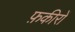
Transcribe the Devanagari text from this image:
फ़कीरों